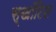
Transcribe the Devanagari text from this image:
स्खॉटिश